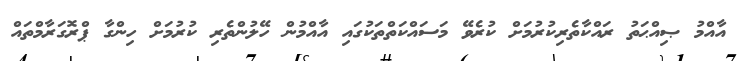
އާއްމު ޞިއްޙަތު ރައްކާތެރިކުރުމަށް ކުރެވޭ މަސައްކަތްތަކުގައި އާއްމުން ހޭލުންތެރި ކުރުމަށް ހިންގާ ޕްރޮގަރާމްތައް